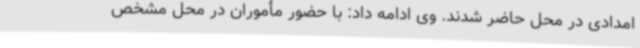
امدادی در محل حاضر شدند. وی ادامه داد: با حضور مأموران در محل مشخص